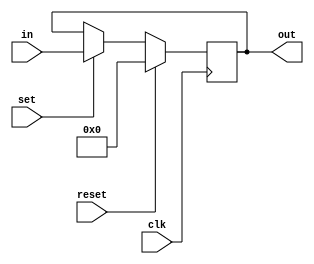
module sr_latch(in, out, clk, set, reset);
	parameter WIDTH = 8;

	
	//data lines
	input [WIDTH-1:0] in;
	output reg [WIDTH-1:0] out;

	//control signals
	input clk, set, reset;

	initial begin 
		out = 0;
	end

	always @(posedge clk) begin
		if(reset == 1'b1) out <= 0;
		else if(set == 1'b1) out <= in;
		else out <= out;
	end // always @(posedge clk)

endmodule